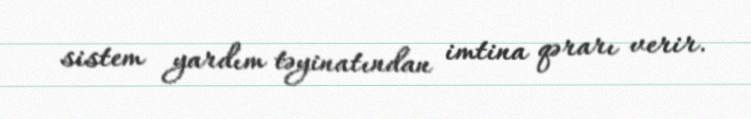
sistem yardım təyinatından imtina qərarı verir.